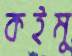
কইমু